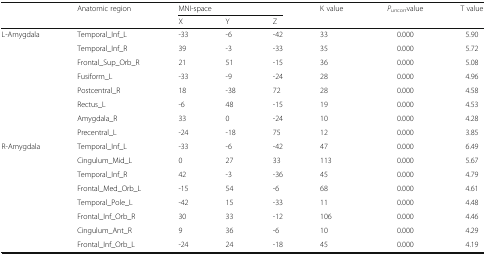
<table><thead><tr><td rowspan="2"></td><td rowspan="2"><b>Anatomic region</b></td><td colspan="3"><b>MNI-space</b></td><td rowspan="2"><b>K value</b></td><td rowspan="2"><b><i>P</i><sub><i>un</i>corr</sub>value</b></td><td rowspan="2"><b>T value</b></td></tr><tr><td><b>X</b></td><td><b>Y</b></td><td><b>Z</b></td></tr></thead><tbody><tr><td>L-Amygdala</td><td>Temporal_Inf_L</td><td>-33</td><td>-6</td><td>-42</td><td>33</td><td>0.000</td><td>5.90</td></tr><tr><td></td><td>Temporal_Inf_R</td><td>39</td><td>-3</td><td>-33</td><td>35</td><td>0.000</td><td>5.72</td></tr><tr><td></td><td>Frontal_Sup_Orb_R</td><td>21</td><td>51</td><td>-15</td><td>36</td><td>0.000</td><td>5.08</td></tr><tr><td></td><td>Fusiform_L</td><td>-33</td><td>-9</td><td>-24</td><td>28</td><td>0.000</td><td>4.96</td></tr><tr><td></td><td>Postcentral_R</td><td>18</td><td>-38</td><td>72</td><td>28</td><td>0.000</td><td>4.58</td></tr><tr><td></td><td>Rectus_L</td><td>-6</td><td>48</td><td>-15</td><td>19</td><td>0.000</td><td>4.53</td></tr><tr><td></td><td>Amygdala_R</td><td>33</td><td>0</td><td>-24</td><td>10</td><td>0.000</td><td>4.28</td></tr><tr><td></td><td>Precentral_L</td><td>-24</td><td>-18</td><td>75</td><td>12</td><td>0.000</td><td>3.85</td></tr><tr><td>R-Amygdala</td><td>Temporal_Inf_L</td><td>-33</td><td>-6</td><td>-42</td><td>47</td><td>0.000</td><td>6.49</td></tr><tr><td></td><td>Cingulum_Mid_L</td><td>0</td><td>27</td><td>33</td><td>113</td><td>0.000</td><td>5.67</td></tr><tr><td></td><td>Temporal_Inf_R</td><td>42</td><td>-3</td><td>-36</td><td>45</td><td>0.000</td><td>4.79</td></tr><tr><td></td><td>Frontal_Med_Orb_L</td><td>-15</td><td>54</td><td>-6</td><td>68</td><td>0.000</td><td>4.61</td></tr><tr><td></td><td>Temporal_Pole_L</td><td>-42</td><td>15</td><td>-33</td><td>11</td><td>0.000</td><td>4.48</td></tr><tr><td></td><td>Frontal_Inf_Orb_R</td><td>30</td><td>33</td><td>-12</td><td>106</td><td>0.000</td><td>4.46</td></tr><tr><td></td><td>Cingulum_Ant_R</td><td>9</td><td>36</td><td>-6</td><td>10</td><td>0.000</td><td>4.29</td></tr><tr><td></td><td>Frontal_Inf_Orb_L</td><td>-24</td><td>24</td><td>-18</td><td>45</td><td>0.000</td><td>4.19</td></tr></tbody></table>